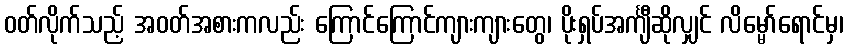
ဝတ်လိုက်သည့် အဝတ်အစားကလည်း ကြောင်ကြောင်ကျားကျားတွေ၊ ပိုးရှပ်အင်္ကျီဆိုလျှင် လိမ္မော်ရောင်မှ၊